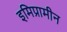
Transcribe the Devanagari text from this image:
इमिप्रामीन